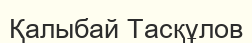
Қалыбай Тасқұлов